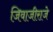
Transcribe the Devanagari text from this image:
जिवाजीराजे